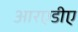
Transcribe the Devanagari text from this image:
आरएडीए